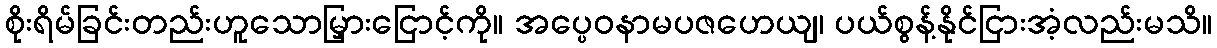
စိုးရိမ်ခြင်းတည်းဟူသောမြှားငြောင့်ကို။ အပ္ပေဝနာမပဇဟေယျ၊ ပယ်စွန့်နိုင်ငြားအံ့လည်းမသိ။